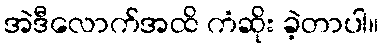
အဲဒီလောက်အထိ ကံဆိုး ခဲ့တာပါ။